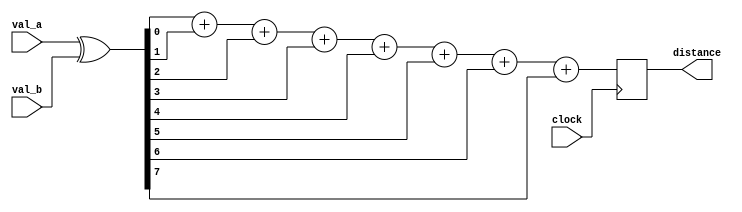
module hamming_distance (
input wire clock,
input wire [7:0] val_a, val_b,
output reg [3:0] distance
);

wire [7:0] bit_diff;
assign bit_diff = val_a ^ val_b;

always @(posedge clock) begin
	// Unless I misunderstood him, Marshall said this should work
	distance = bit_diff[0] + bit_diff[1] + bit_diff[2] + bit_diff[3]
			 + bit_diff[4] + bit_diff[5] + bit_diff[6] + bit_diff[7];
end
endmodule